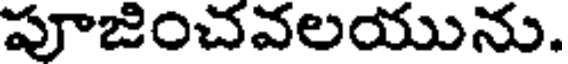
పూజించవలయును.